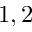
1 , 2